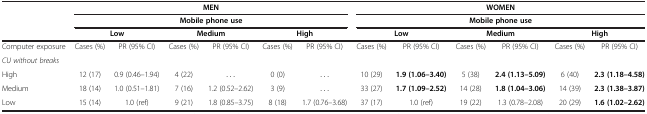
| <ROWSPAN=2>  | <COLSPAN=6> MEN | <COLSPAN=6> WOMEN |
 | <COLSPAN=6> Mobile phone use | <COLSPAN=6> Mobile phone use |
 |  | <COLSPAN=2> Low | <COLSPAN=2> Medium | <COLSPAN=2> High | <COLSPAN=2> Low | <COLSPAN=2> Medium | <COLSPAN=2> High |
 | --- | --- | --- | --- | --- | --- | --- | --- | --- | --- | --- | --- | --- |
 | Computer exposure | Cases (%) | PR (95% CI) | Cases (%) | PR (95% CI) | Cases (%) | PR (95% CI) | Cases (%) | PR (95% CI) | Cases (%) | PR (95% CI) | Cases (%) | PR (95% CI) |
 | CU without breaks |  |  |  |  |  |  |  |  |  |  |  |  |
 | High | 12 (17) | 0.9 (0.46–1.94) | 4 (22) | ... | 0 (0) | ... | 10 (29) | 1.9 (1.06–3.40) | 5 (38) | 2.4 (1.13–5.09) | 6 (40) | 2.3 (1.18–4.58) |
 | Medium | 18 (14) | 1.0 (0.51–1.81) | 7 (16) | 1.2 (0.52–2.62) | 3 (9) | ... | 33 (27) | 1.7 (1.09–2.52) | 14 (28) | 1.8 (1.04–3.06) | 14 (39) | 2.3 (1.38–3.87) |
 | Low | 15 (14) | 1.0 (ref) | 9 (21) | 1.8 (0.85–3.75) | 8 (18) | 1.7 (0.76–3.68) | 37 (17) | 1.0 (ref) | 19 (22) | 1.3 (0.78–2.08) | 20 (29) | 1.6 (1.02–2.62) |